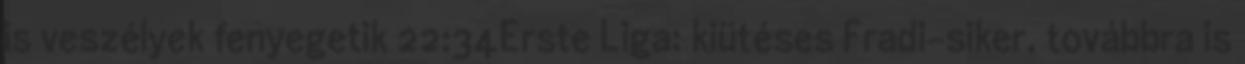
is veszélyek fenyegetik 22:34Erste Liga: kiütéses Fradi-siker, továbbra is